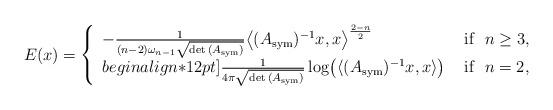
LaTeX: \begin{align*}E(x)=\left\{\begin{array}{ll}-\frac{1}{(n-2)\omega_{n-1}\sqrt{{\rm det}\,(A_{\rm sym})}}\big\langle(A_{\rm sym})^{-1}x,x\big\rangle^{\frac{2-n}{2}}& \mbox{ if }\,\,n\geq 3,\\begin{align*}12pt]\frac{1}{4\pi\sqrt{{\rm det}\,(A_{\rm sym})}}\log\bigl(\langle(A_{\rm sym})^{-1}x,x\rangle\bigr) & \mbox{ if }\,\,n=2,\end{array}\right.\end{align*}